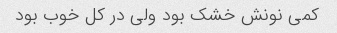
کمی نونش خشک بود ولی در کل خوب بود